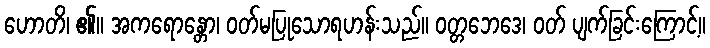
ဟောတိ၊ ၏။ အကရောန္တော၊ ဝတ်မပြုသောရဟန်းသည်။ ဝတ္တဘေဒေ၊ ဝတ် ပျက်ခြင်းကြောင့်။